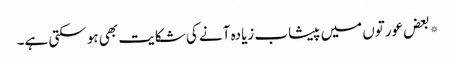
*بعض عورتوں میں پیشاب زیادہ آنے کی شکایت بھی ہو سکتی ہے۔